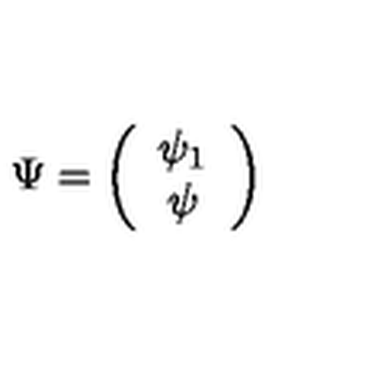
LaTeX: \Psi = \left( \begin{array} { c } { \psi _ { 1 } } \\ { \psi } \\ \end{array} \right)